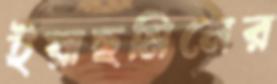
ইয়াছমিনের